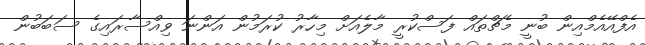
އެފްއޭއެމްއިން ބުނީ މެޗްތައް ފަސްކުރީ މާލެއަށް މިހާރު ކުރަމުން އަންނަ ވިއްސާރައިގެ ސަބަބުން